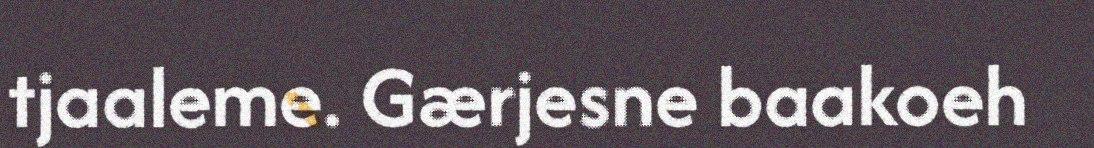
tjaaleme. Gærjesne baakoeh